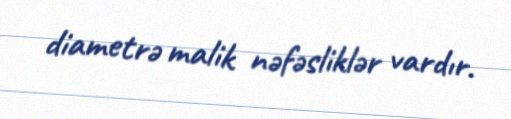
diametrə malik nəfəsliklər vardır.